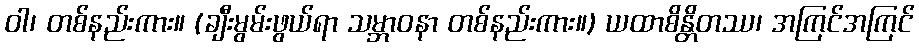
ဝါ၊ တစ်နည်းကား။ (ချီးမွမ်းဖွယ်ရာ သမ္ဘာဝနာ တစ်နည်းကား။) ယထာစိန္တိတဿ၊ အကြင်အကြင်